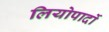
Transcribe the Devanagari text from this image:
लियोपार्दो